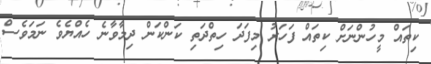
ކިތައް މީހުންނަށް ކިތައް ފަހަރު މިފަދަ ހިތްދަތި ކަންކަން ދިމާވާނެ ހެއްޔެވެ ނަމަވެސް